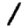
Digit: 1